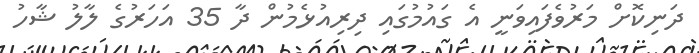
ދަނިކޮށް މަރުވެފައިވަނީ އެ ގައުމުގައި ދިރިއުޅެމުން ދާ 35 އަހަރުގެ ލާލު ޝާހު